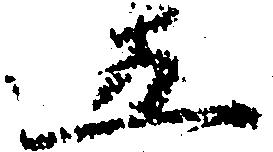
五